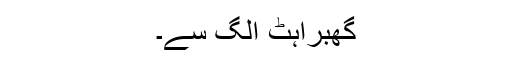
گھبراہٹ الگ سے۔